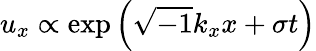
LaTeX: u_{x}\propto\exp\left({\sqrt{-1}k_{x}x+\sigma t}\right)